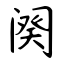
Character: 阕